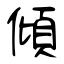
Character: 傾